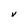
Character: v